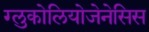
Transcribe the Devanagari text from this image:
ग्लुकोलियोजेनेसिस